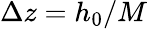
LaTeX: \Delta z=h_{0}/M